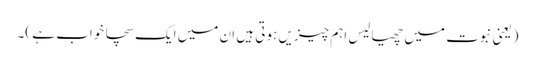
(یعنی نبوت میں چھیالیس اہم چیزیں ہوتی ہیں ان میں ایک سچا خواب ہے )۔